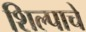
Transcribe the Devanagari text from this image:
शिल्पाचे